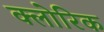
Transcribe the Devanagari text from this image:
क्लोरिक